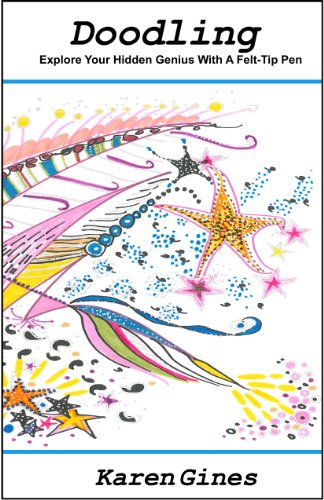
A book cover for DOODLING...Explore Your Hidden Genius with a Felt-tip Pen; Karen Gines; Self-Help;